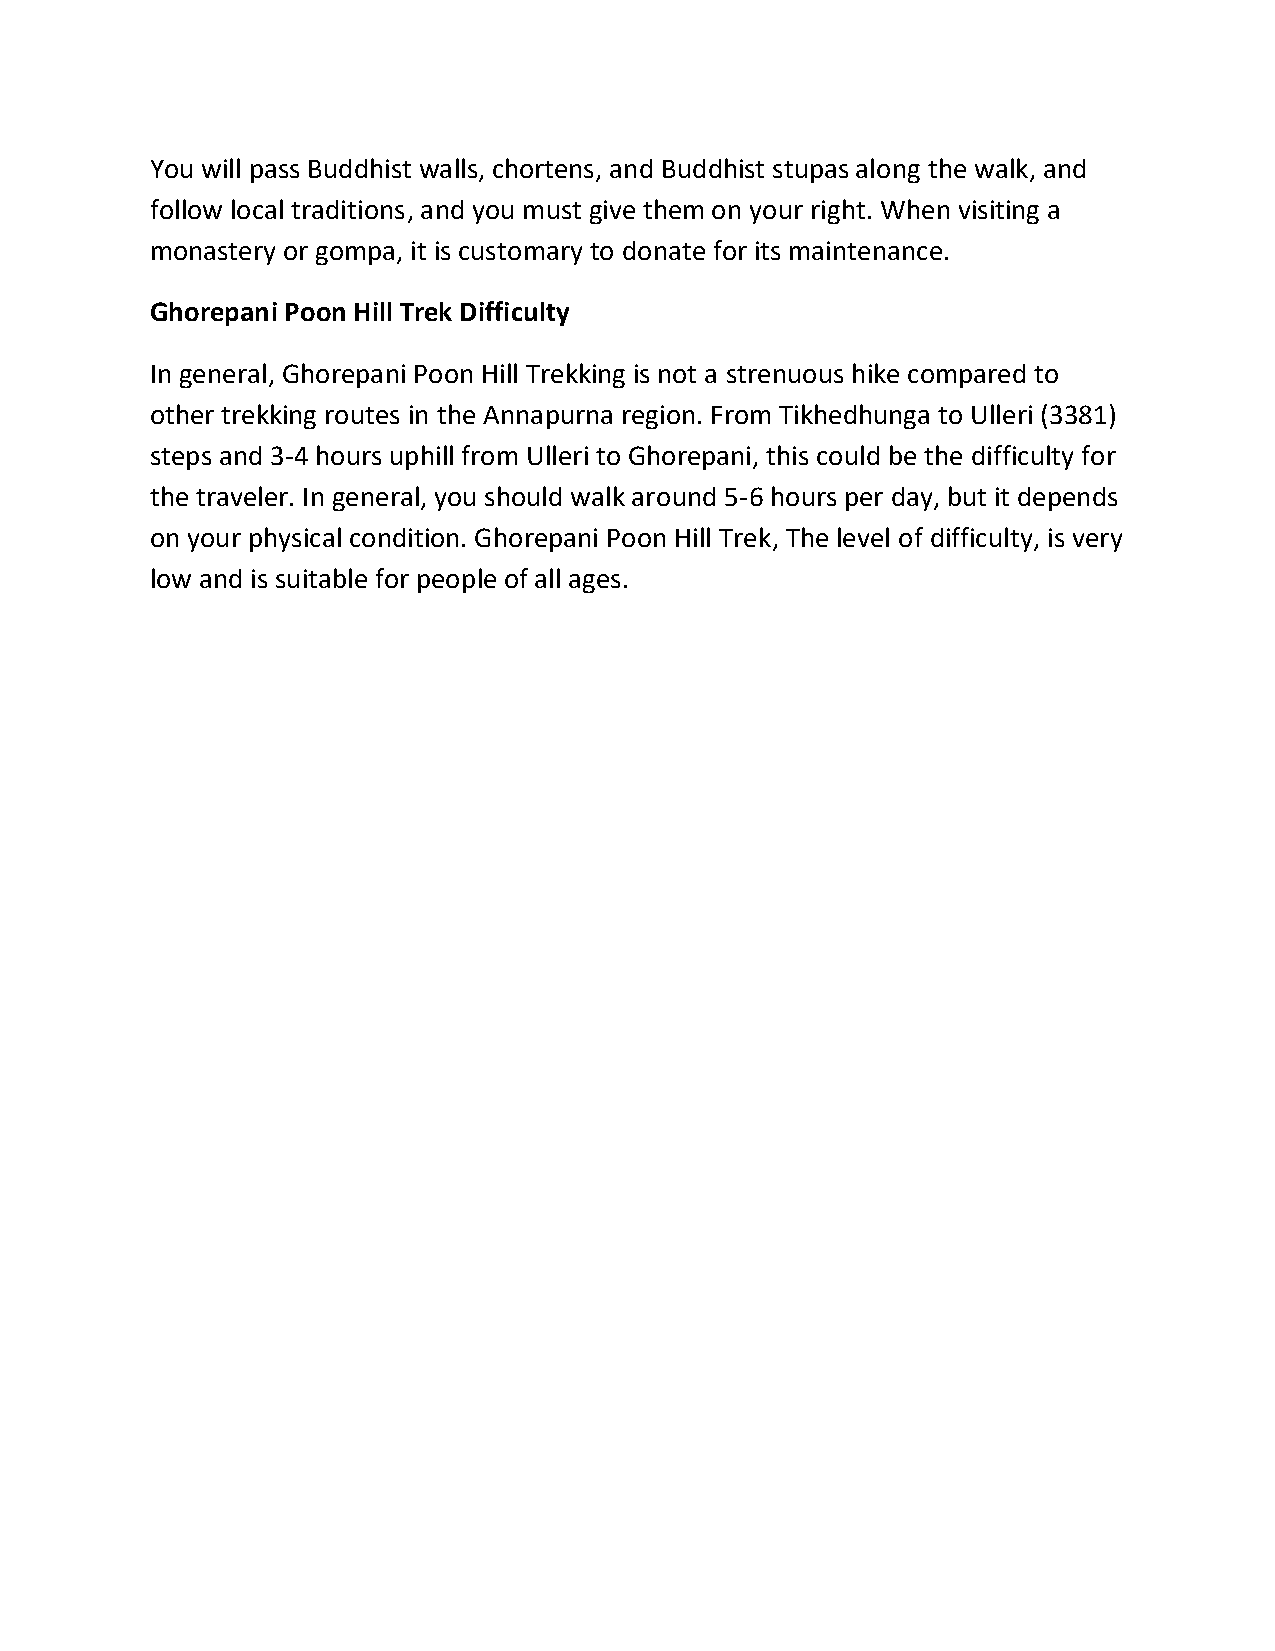
You will pass Buddhist walls, chortens, and Buddhist stupas along the walk, and
 follow local traditions, and you must give them on your right. When visiting a
 monastery or gompa, it is customary to donate for its maintenance.
 Ghorepani Poon Hill Trek Difficulty
 In general, Ghorepani Poon Hill Trekking is not a strenuous hike compared to
 other trekking routes in the Annapurna region. From Tikhedhunga to Ulleri (3381)
 steps and 3-4 hours uphill from Ulleri to Ghorepani, this could be the difficulty for
 the traveler. In general, you should walk around 5-6 hours per day, but it depends
 on your physical condition. Ghorepani Poon Hill Trek, The level of difficulty, is very
 low and is suitable for people of all ages.